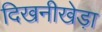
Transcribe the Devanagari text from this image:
दिखनीखेड़ा